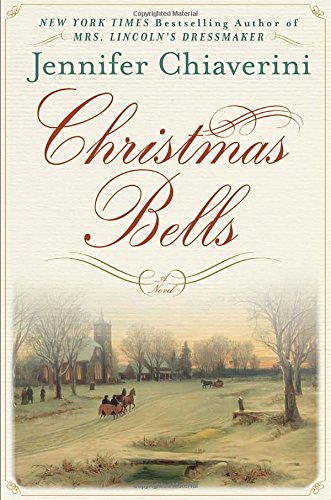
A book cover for Christmas Bells: A Novel; Jennifer Chiaverini; Literature & Fiction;